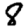
Digit: 8